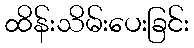
ထိန်းသိမ်းပေးခြင်း